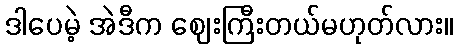
ဒါပေမဲ့ အဲဒီက ဈေးကြီးတယ်မဟုတ်လား။